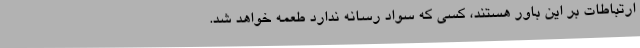
ارتباطات بر این باور هستند، کسی که سواد رسانه ندارد طعمه خواهد شد.